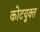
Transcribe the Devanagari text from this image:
कोटयुक्त